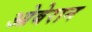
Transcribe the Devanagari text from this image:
ओबेरान